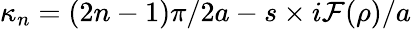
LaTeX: \kappa_{n}=(2n-1)\pi/2a-s\times i\mathcal{F}(\rho)/a